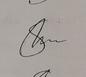
Signature authenticity: genuine